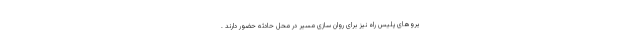
یروهای پلیس راه نیز برای روان سازی مسیر در محل حادثه حضور دارند .